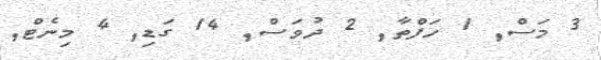
3 މަސް